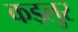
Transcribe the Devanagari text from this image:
कड्लुर